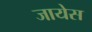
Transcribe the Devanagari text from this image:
जायेस